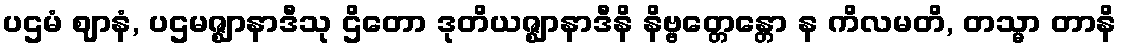
ပဌမံ ဈာနံ, ပဌမဇ္ဈာနာဒီသု ဌိတော ဒုတိယဇ္ဈာနာဒီနိ နိဗ္ဗတ္တေန္တော န ကိလမတိ, တသ္မာ တာနိ